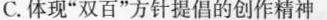
C.体现”双百”方针提倡的创作精神